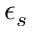
\epsilon _ { s }